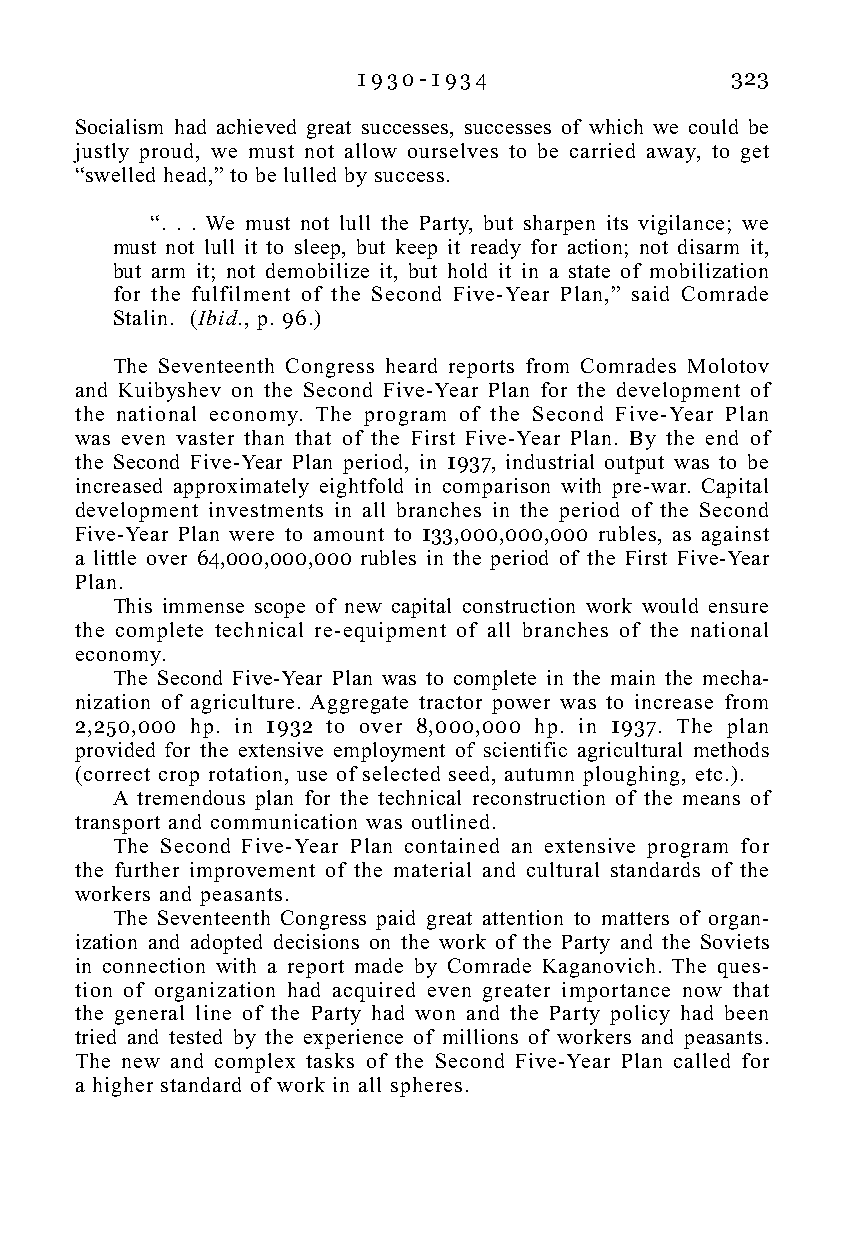
1 9 3 0 - 1 9 3 4       323
 Socialism had achieved great successes, successes of which we could be
 justly proud, we must not allow ourselves to be carried away, to get
 “swelled head,” to be lulled by success.
 “. . . We must not lull the Party, but sharpen its vigilance; we
 must not lull it to sleep, but keep it ready for action; not disarm it,
 but arm it; not demobilize it, but hold it in a state of mobilization
 for the fulfilment of the Second Five-Year Plan,” said Comrade
 Stalin. (Ibid., p. 96.)
 The Seventeenth Congress heard reports from Comrades Molotov
 and Kuibyshev on the Second Five-Year Plan for the development of
 the national economy. The program of the Second Five-Year Plan
 was even vaster than that of the First Five-Year Plan. By the end of
 the Second Five-Year Plan period, in 1937, industrial output was to be
 increased approximately eightfold in comparison with pre-war. Capital
 development investments in all branches in the period of the Second
 Five-Year Plan were to amount to 133,000,000,000 rubles, as against
 a little over 64,000,000,000 rubles in the period of the First Five-Year
 Plan.
 This immense scope of new capital construction work would ensure
 the complete technical re-equipment of all branches of the national
 economy.
 The Second Five-Year Plan was to complete in the main the mecha-
 nization of agriculture. Aggregate tractor power was to increase from
 2,250,000 hp. in 1932 to over 8,000,000 hp. in 1937. The plan
 provided for the extensive employment of scientific agricultural methods
 (correct crop rotation, use of selected seed, autumn ploughing, etc.).
 A tremendous plan for the technical reconstruction of the means of
 transport and communication was outlined.
 The Second Five-Year Plan contained an extensive program for
 the further improvement of the material and cultural standards of the
 workers and peasants.
 The Seventeenth Congress paid great attention to matters of organ-
 ization and adopted decisions on the work of the Party and the Soviets
 in connection with a report made by Comrade Kaganovich. The ques-
 tion of organization had acquired even greater importance now that
 the general line of the Party had won and the Party policy had been
 tried and tested by the experience of millions of workers and peasants.
 The new and complex tasks of the Second Five-Year Plan called for
 a higher standard of work in all spheres.